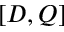
[ D , Q ]